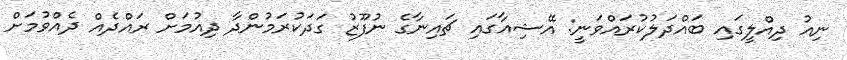
ނިއު ދިއްލީގައި ބައްދަލުކުރައްވަނީ: އޭޝިއާގައި ޗައިނާގެ ނުފޫޒު ގަދަކުރަމުންދާ ދިއުމަށް ރައްދެއް ދެއްވުމަށް